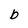
Character: b